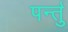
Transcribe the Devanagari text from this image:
पर्न्तु